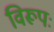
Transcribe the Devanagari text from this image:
विरूपः